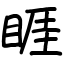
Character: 睚